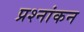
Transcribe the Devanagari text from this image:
प्रश्नांकन